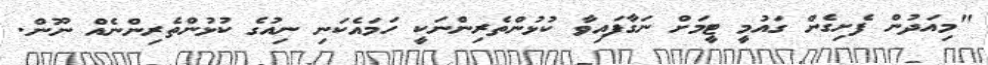
"މިއަދުން ފެށިގެން ގައުމީ ޓީމަށް ނަގާފައިވާ ކުޅުންތެރިންނަކީ ހަމައެކަނި ނިއުގެ ކުޅުންތެރިންނެއް ނޫން.